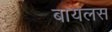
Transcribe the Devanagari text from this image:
बायलस